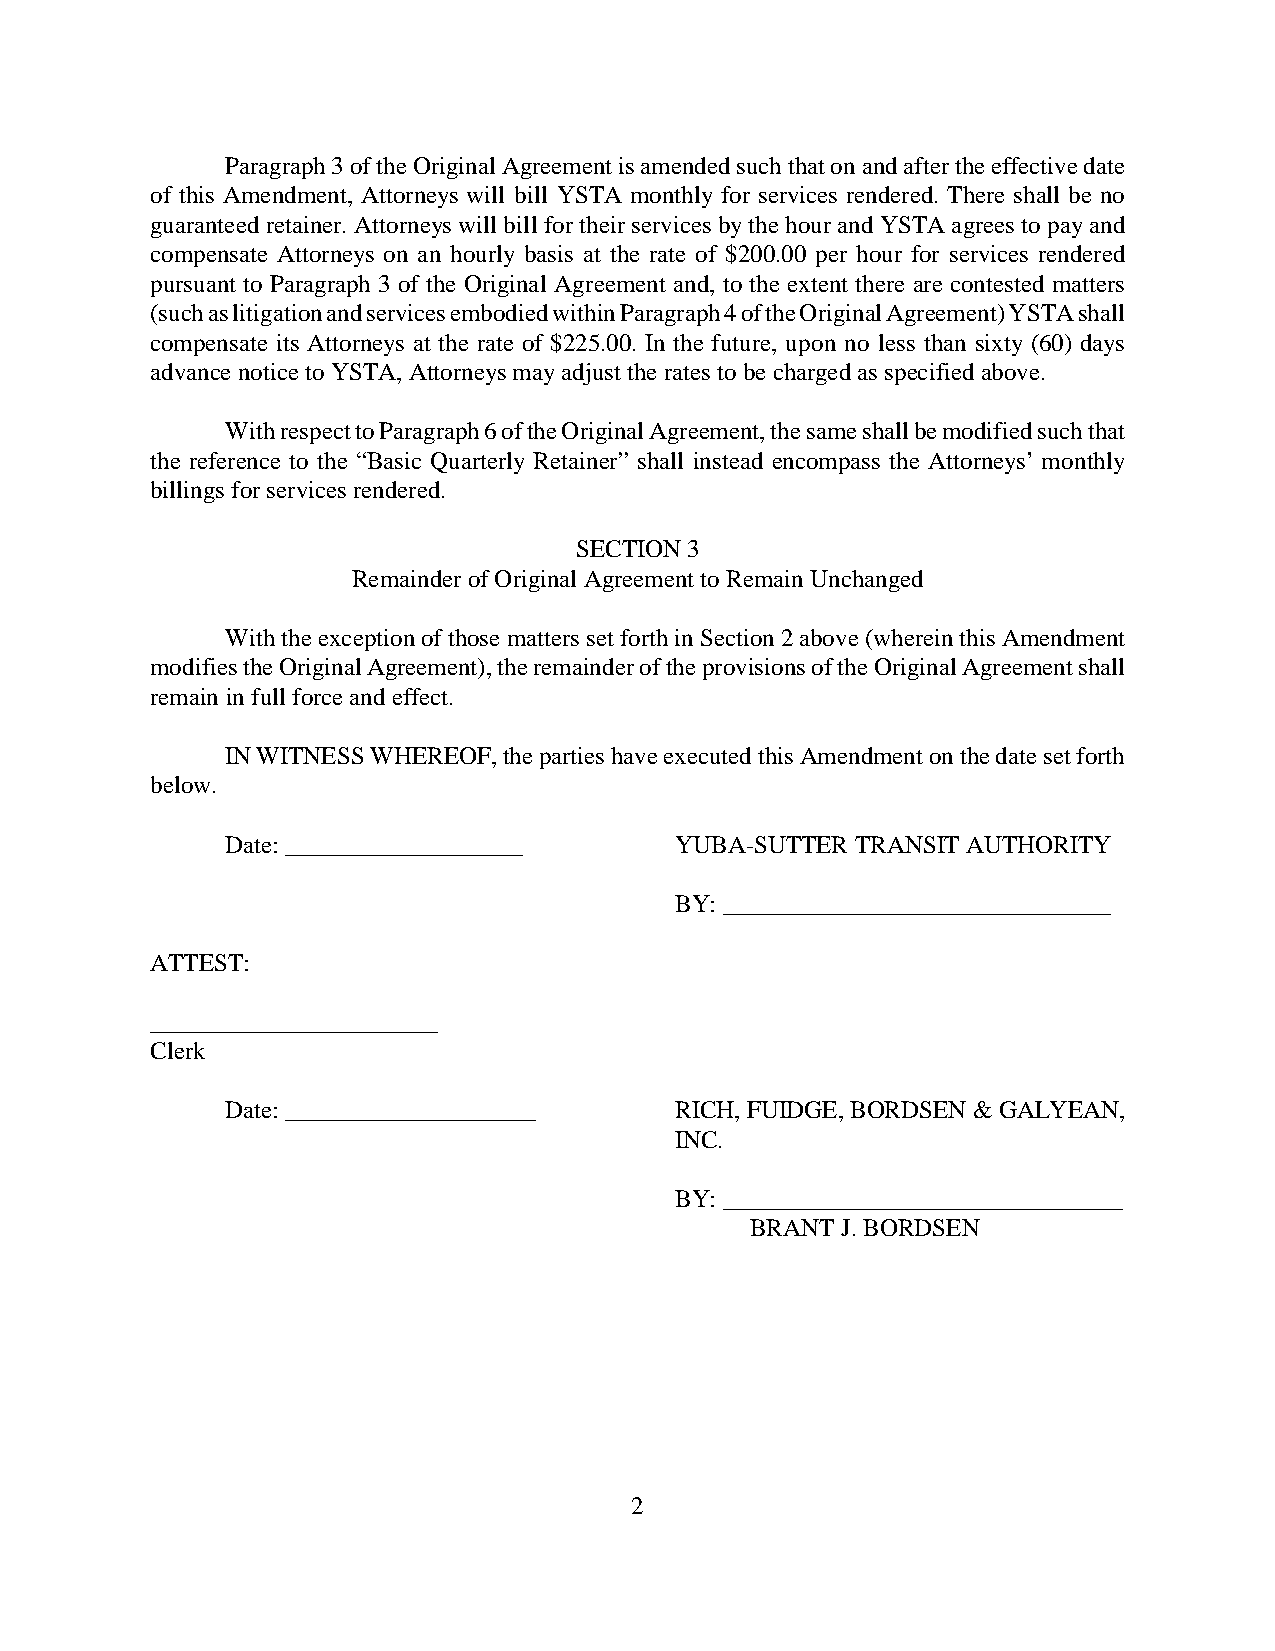
Paragraph 3 of the Original Agreement is amended such that on and after the effective date
 of this Amendment, Attorneys will bill YSTA monthly for services rendered. There shall be no
 guaranteed retainer. Attorneys will bill for their services by the hour and YSTA agrees to pay and
 compensate Attorneys on an hourly basis at the rate of $200.00 per hour for services rendered
 pursuant to Paragraph 3 of the Original Agreement and, to the extent there are contested matters
 (such as litigation and services embodied within Paragraph 4 of the Original Agreement) YSTA shall
 compensate its Attorneys at the rate of $225.00. In the future, upon no less than sixty (60) days
 advance notice to YSTA, Attorneys may adjust the rates to be charged as specified above.
 With respect to Paragraph 6 of the Original Agreement, the same shall be modified such that
 the reference to the “Basic Quarterly Retainer” shall instead encompass the Attorneys’ monthly
 billings for services rendered.
 SECTION 3
 Remainder of Original Agreement to Remain Unchanged
 With the exception of those matters set forth in Section 2 above (wherein this Amendment
 modifies the Original Agreement), the remainder of the provisions of the Original Agreement shall
 remain in full force and effect.
 IN WITNESS WHEREOF, the parties have executed this Amendment on the date set forth
 below.
 Date: ___________________     YUBA-SUTTER TRANSIT AUTHORITY
 BY: _______________________________
 ATTEST:
 _______________________
 Clerk
 Date: ____________________    RICH, FUIDGE, BORDSEN & GALYEAN,
 INC.
 BY: ________________________________
 BRANT J. BORDSEN
 2